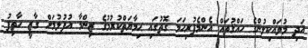
އަދި މުވައްކިލުންގެ ހައްޤުތައް އެންމެފުރިހަމަ ގޮތުގައި ޙިމާޔަތްކުރުމުގެ ޒިންމާ އުފުލުމަށް ގާޒީ ހާތިފު